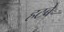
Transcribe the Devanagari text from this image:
हटबे